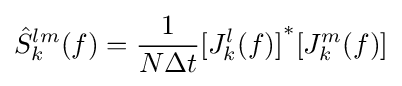
{\hat {S}}_{k}^{lm}(f)={\frac {1}{N\Delta t}}{\lbrack J_{k}^{l}(f)\rbrack }^{*}{\lbrack J_{k}^{m}(f)\rbrack }